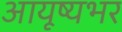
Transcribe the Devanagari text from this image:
आयूष्यभर